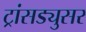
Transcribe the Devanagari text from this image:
ट्रांसड्युसर